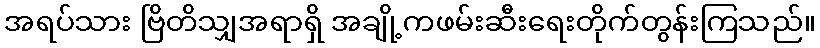
အရပ်သား ဗြိတိသျှအရာရှိ အချို့ကဖမ်းဆီးရေးတိုက်တွန်းကြသည်။